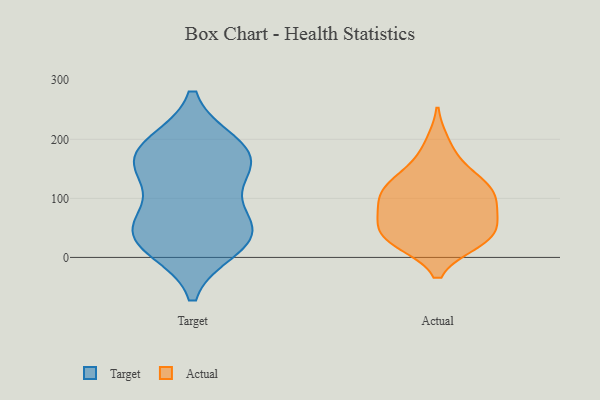
{"axis": {"x": "Demand Index", "y": "Value"}, "legend": ["Actual", "Target"], "data": [{"x": "", "y": 145, "type": "Target"}, {"x": "", "y": 39, "type": "Target"}, {"x": "", "y": 189, "type": "Target"}, {"x": "", "y": 34, "type": "Target"}, {"x": "", "y": 173, "type": "Target"}, {"x": "", "y": 19, "type": "Target"}, {"x": "", "y": 48, "type": "Target"}, {"x": "", "y": 148, "type": "Target"}, {"x": "", "y": 180, "type": "Target"}, {"x": "", "y": 64, "type": "Target"}, {"x": "", "y": 93, "type": "Actual"}, {"x": "", "y": 67, "type": "Actual"}, {"x": "", "y": 116, "type": "Actual"}, {"x": "", "y": 116, "type": "Actual"}, {"x": "", "y": 121, "type": "Actual"}, {"x": "", "y": 29, "type": "Actual"}, {"x": "", "y": 27, "type": "Actual"}, {"x": "", "y": 153, "type": "Actual"}, {"x": "", "y": 37, "type": "Actual"}, {"x": "", "y": 192, "type": "Actual"}, {"x": "", "y": 77, "type": "Actual"}, {"x": "", "y": 77, "type": "Actual"}, {"x": "", "y": 120, "type": "Actual"}, {"x": "", "y": 33, "type": "Actual"}, {"x": "", "y": 38, "type": "Actual"}]}